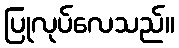
ပြုလုပ်လေသည်။